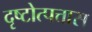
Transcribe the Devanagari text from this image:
दृष्टोत्पत्तास